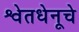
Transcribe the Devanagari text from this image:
श्वेतधेनूचे